NAE_ERA_R-2324_Eesti_Vabariigi_Pohiseaduslik_Assamblee, lk 13
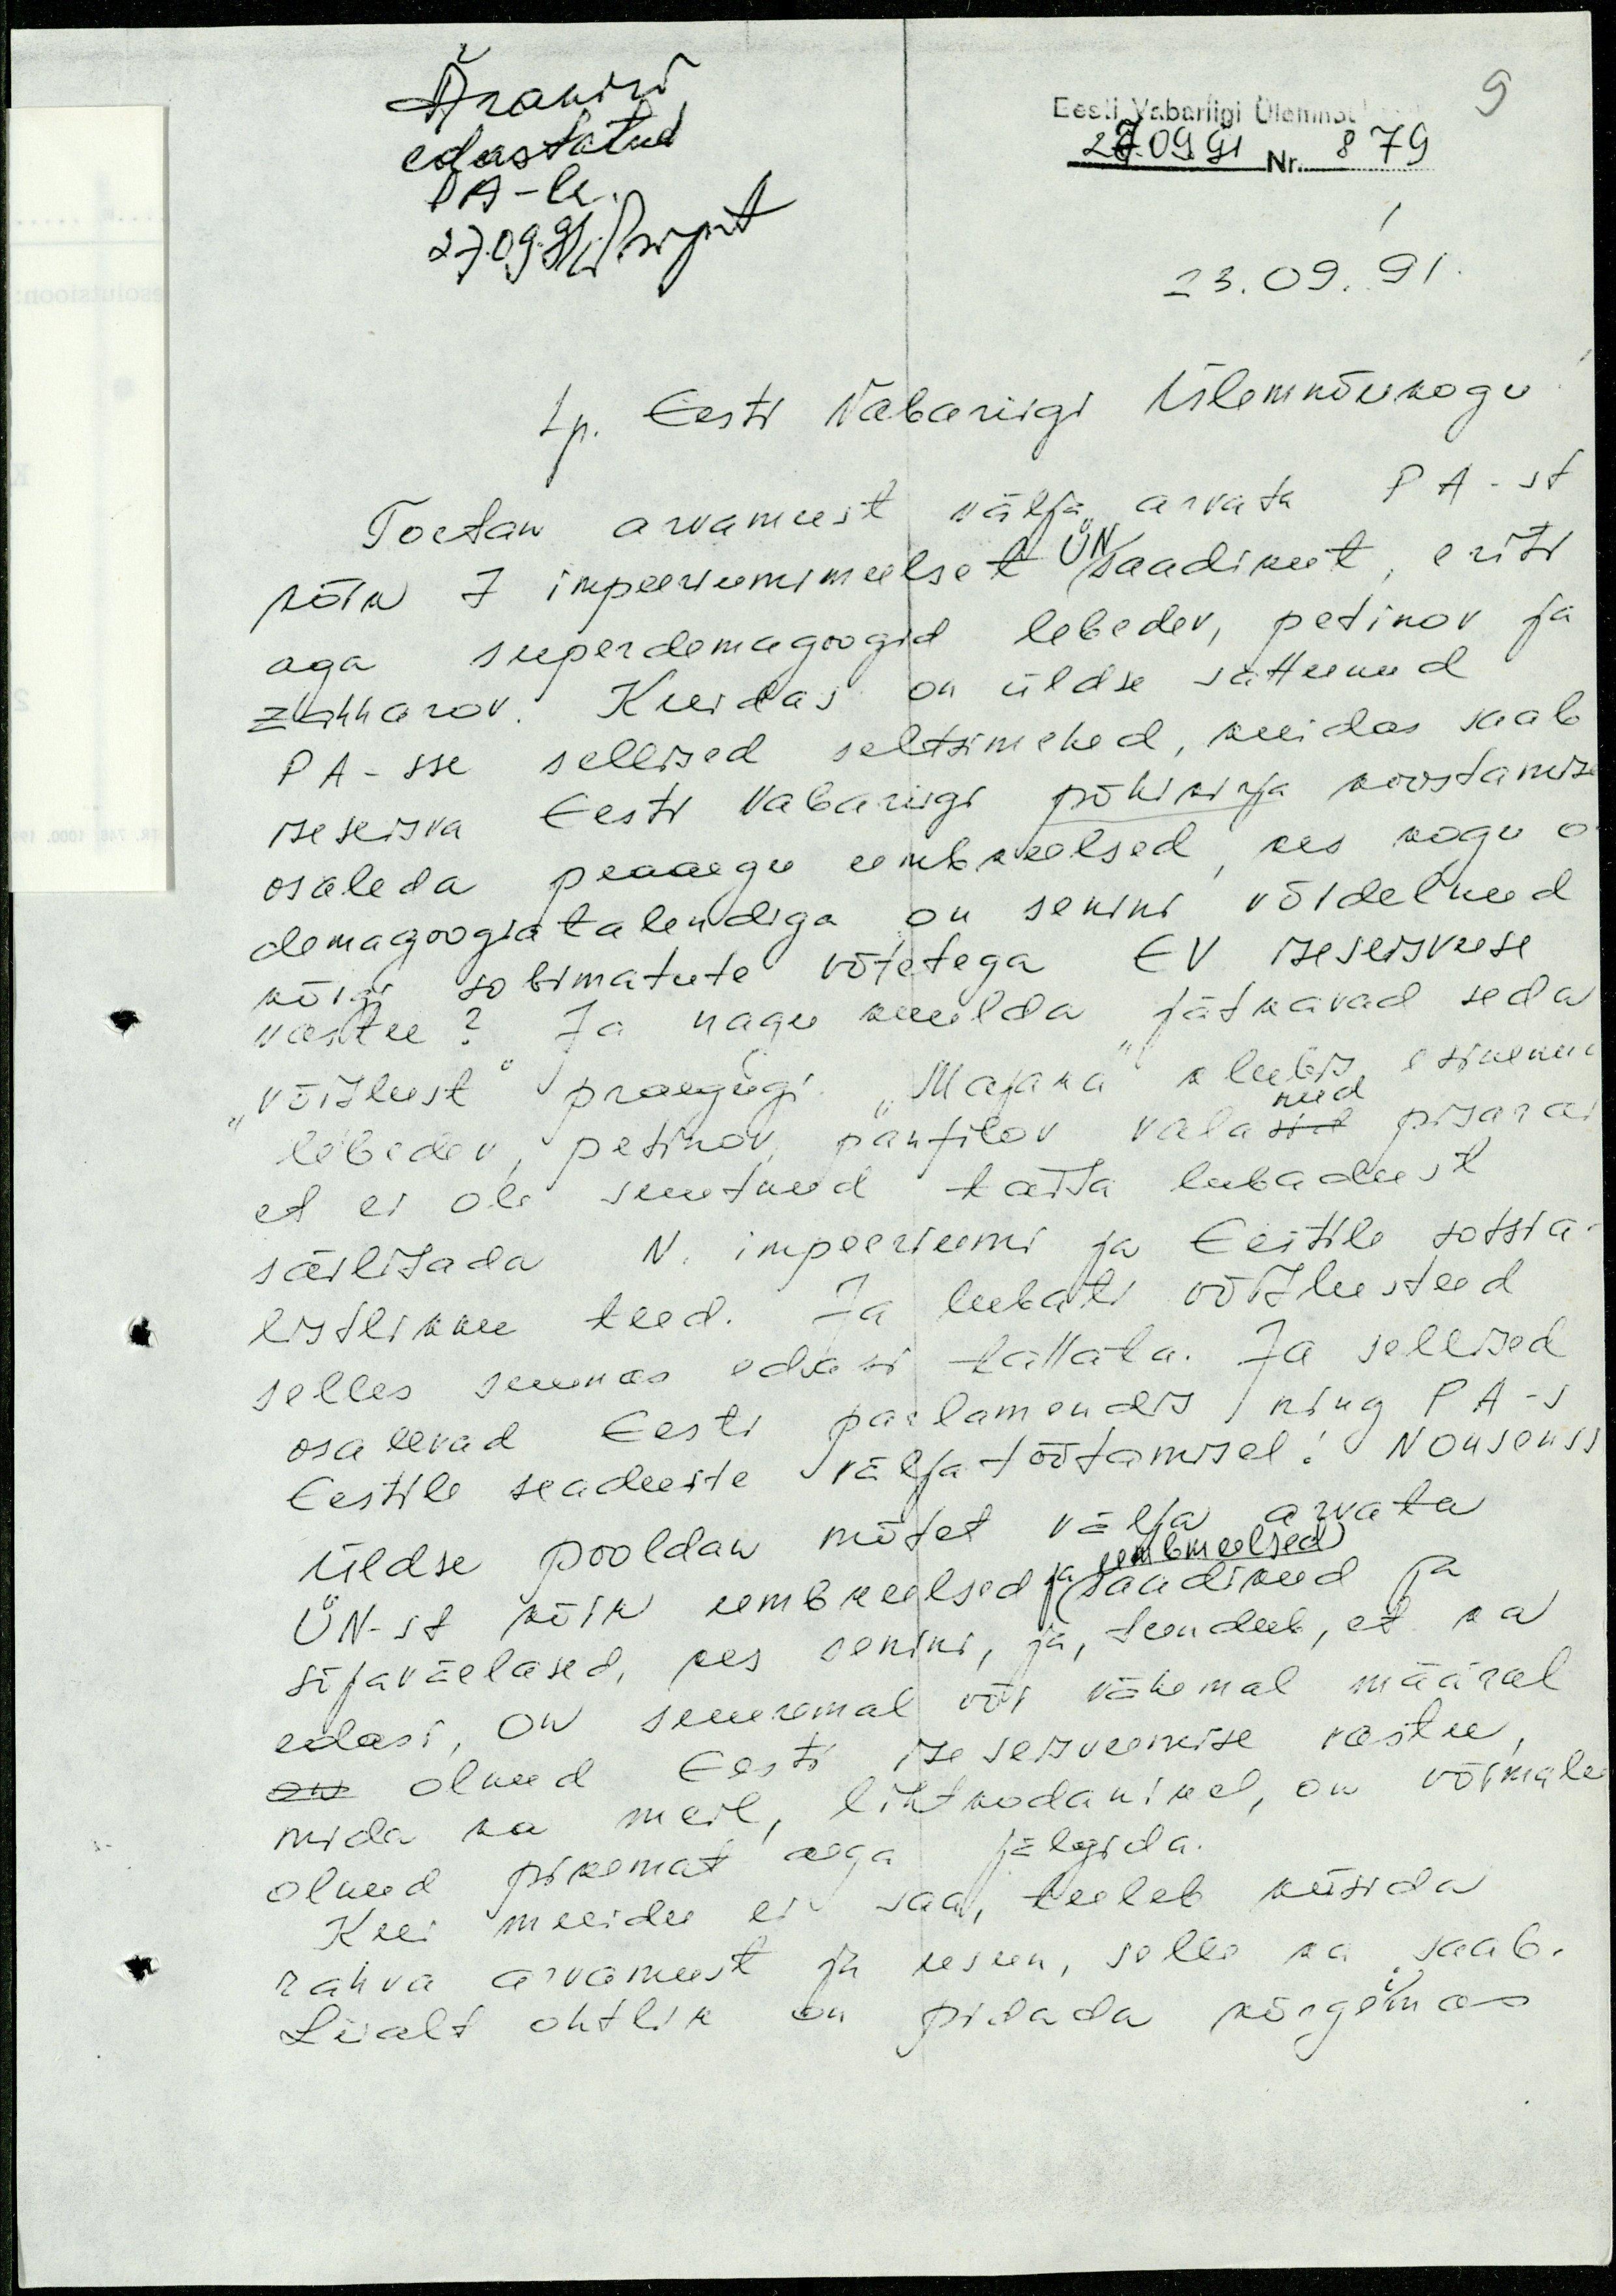
Ärakiri
edastatud
Eesti Vabariigi Ülemnõu
9
27.09.91 Nr. 879
PA-le.
27.09.91
23.09.91.
Lp. Eesti Vabariigi Ülemnõukogu!
Toetan arvamust välja arvata PA-st
ÜN
kõik 7 impeeriumimeelset saadikut, eriti
aga superdemagoogid lebedev, petinov ja
zahharov. Kuidas on üldse sattunud
PA-sse sellised seltsimehed, kuidas saab
iseseisva Eesti Vabariigi põhikirja koostamise
osaleda peaaegu umbkeelsed, kes kogu o
demagoogiatalendiga on senini võidelnud
kõigi sobimatute võtetega EV iseseisvuse
vastu? Ja nagu kuulda jätkavad seda
"võitlust" praegugi. "Majaka" klubis esinenud
nud
lebedev, petinov, panfilov valasid pisarai
et ei ole suutnud taita lubadust
säilitada N. impeeriumi ja Eestile sotsia-
listlikku teed. Ja lubati võitlusteed
selles suunas edasi tallata. Ja sellised
osalevad Eesti parlamendis ning PA-s
Eestile seaduste väljatöötamisel! Nonsenss
Üldse pooldan mõtet välja arvata
umbmeelsed
ÜN-st kõik umbkeelsed ja saadikud ja
sõjaväelased, kes senini, ja, tundub, et ka
edasi, on suuremal või vähemal määral
on olnud Eesti iseseisvumise vastu,
mida ka meil, lihtkodanikel, on võimalu
olnud pikemat aega jälgida.
Kui muidu ei saa, tuleb küsida
rahva arvamust ja usun, selle ka saab.
Liialt ohtlik on pidada kõrgeimas